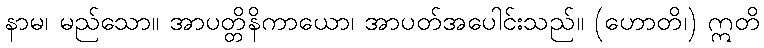
နာမ၊ မည်သော။ အာပတ္တိနိကာယော၊ အာပတ်အပေါင်းသည်။ (ဟောတိ၊) ဣတိ